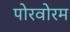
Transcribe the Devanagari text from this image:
पोरवोरम